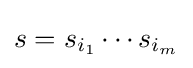
s=s_{i_{1}}\cdots s_{i_{m}}